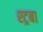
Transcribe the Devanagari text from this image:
श्ट्रबा